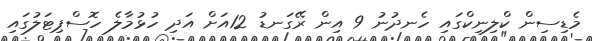
މެޑިސިން ކްލިނިކްގައި ހެނދުނު 9 އިން ރޭގަނޑު 12އަށް އަދި ހުޅުމާލެ ހޮސްޕިޓަލުގައި